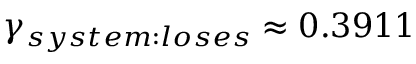
\gamma _ { s y s t e m : l o s e s } \approx 0 . 3 9 1 1